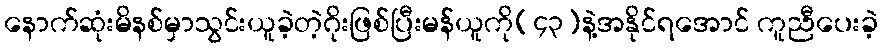
နောက်ဆုံးမိနစ်မှာသွင်းယူခဲ့တဲ့ဂိုးဖြစ်ပြီးမန်ယူကို(၄၃)နဲ့အနိုင်ရအောင် ကူညီပေးခဲ့